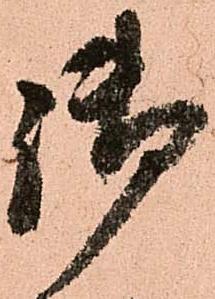
御